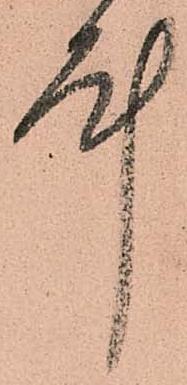
斗